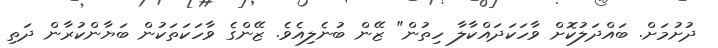
ދުށުމަށް. ބައްދަލުކޮށް ވާހަކަދައްކާލާ ހިތުން" ޒޭން ބުނެލިއެވެ. ޒޭންގެ ވާހަކަތަކުން ބަޔާންކުރާން ދަތި